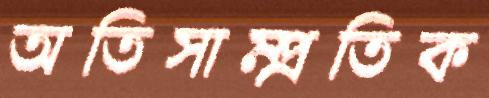
অতিসাম্প্রতিক